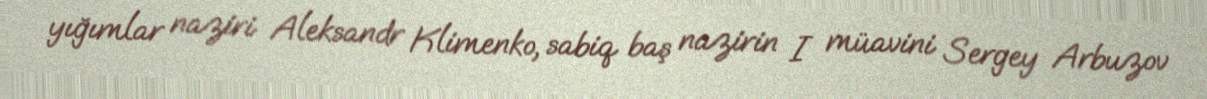
yığımlar naziri Aleksandr Klimenko, sabiq baş nazirin I müavini Sergey Arbuzov